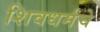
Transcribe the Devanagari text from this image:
शिवधर्मचे